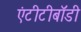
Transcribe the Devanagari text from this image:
एंटीटीबॉडी